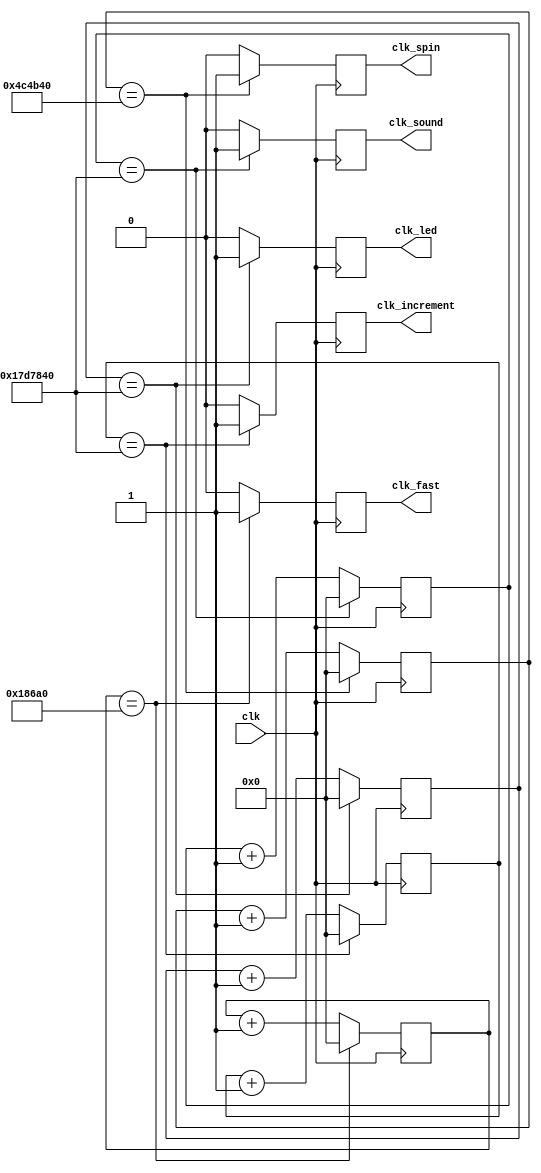
`timescale 1ns / 1ps
//////////////////////////////////////////////////////////////////////////////////
// Company: 
// Engineer: 
// 
// Design Name: 
// Module Name:    master_clock 
// Project Name: 
// Target Devices: 
// Tool versions: 
// Description: 
//
// Dependencies: 
//
// Revision: 
// Revision 0.01 - File Created
// Additional Comments: 
//
//////////////////////////////////////////////////////////////////////////////////
module master_clock(
    input clk,
    output reg clk_spin,
    output reg clk_fast,
    output reg clk_increment,
	output reg clk_sound,
	output reg clk_led
    );
	
	reg [31:0] counter_spin = 0;
	reg [31:0] counter_fast = 0;
	reg [31:0] counter_increment = 0;
	reg [31:0] counter_led = 0;
	reg [31:0] counter_sound = 0;
	
	//Adjust these values later
	parameter COUNT_SPIN = 5000000;
	parameter COUNT_FAST = 100000;
	parameter COUNT_INCREMENT = 25000000;
	parameter COUNT_LED = 25000000;
	parameter COUNT_SOUND = 25000000;

	always @ (posedge clk)
	begin
		
		if (counter_spin == COUNT_SPIN)
			begin
				counter_spin <= 0;
				clk_spin <= 1;
			end
		else
			begin
				counter_spin <= counter_spin + 1;
				clk_spin <= 0;
			end
		
		if (counter_fast == COUNT_FAST)
			begin
				counter_fast <= 0;
				clk_fast <= 1;
			end
		else
			begin
				counter_fast <= counter_fast + 1;
				clk_fast <= 0;
			end
		
		if (counter_increment == COUNT_INCREMENT)
			begin
				counter_increment <= 0;
				clk_increment <= 1;
			end
		else
			begin
				counter_increment <= counter_increment + 1;
				clk_increment <= 0;
			end
			
		if (counter_led == COUNT_LED)
			begin
				counter_led <= 0;
				clk_led <= 1;
			end
		else
			begin
				counter_led <= counter_led + 1;
				clk_led <= 0;
			end
		
		if (counter_sound == COUNT_SOUND)
			begin
				counter_sound <= 0;
				clk_sound <= 1;
			end
		else
			begin
				counter_sound <= counter_sound + 1;
				clk_sound <= 0;
			end
	end

endmodule